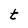
Character: t